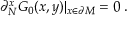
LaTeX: \partial _ { N } ^ { x } G _ { 0 } ( x , y ) | _ { x \in { \partial { \cal M } } } = 0 \; .